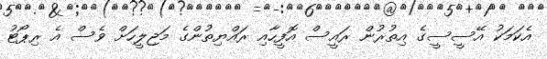
އެކަމަކު އޭސީސީގެ އިތުރުން ރައީސް އޮފީހާއި ރައްޔިތުންގެ މަޖިލީހަށް ވެސް އެ ރިޕޯޓު